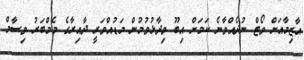
އާޒިމާއަށް ވޯޓް ނުދެއްވާނެ ކަމަށް އިބޫ ވިދާޅުވުމުން މަޑުއްވަރީ ދާއިރާގެ މެމްބަރު ވިސާމް